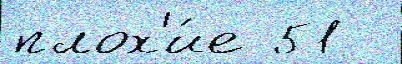
плох'и́е 51